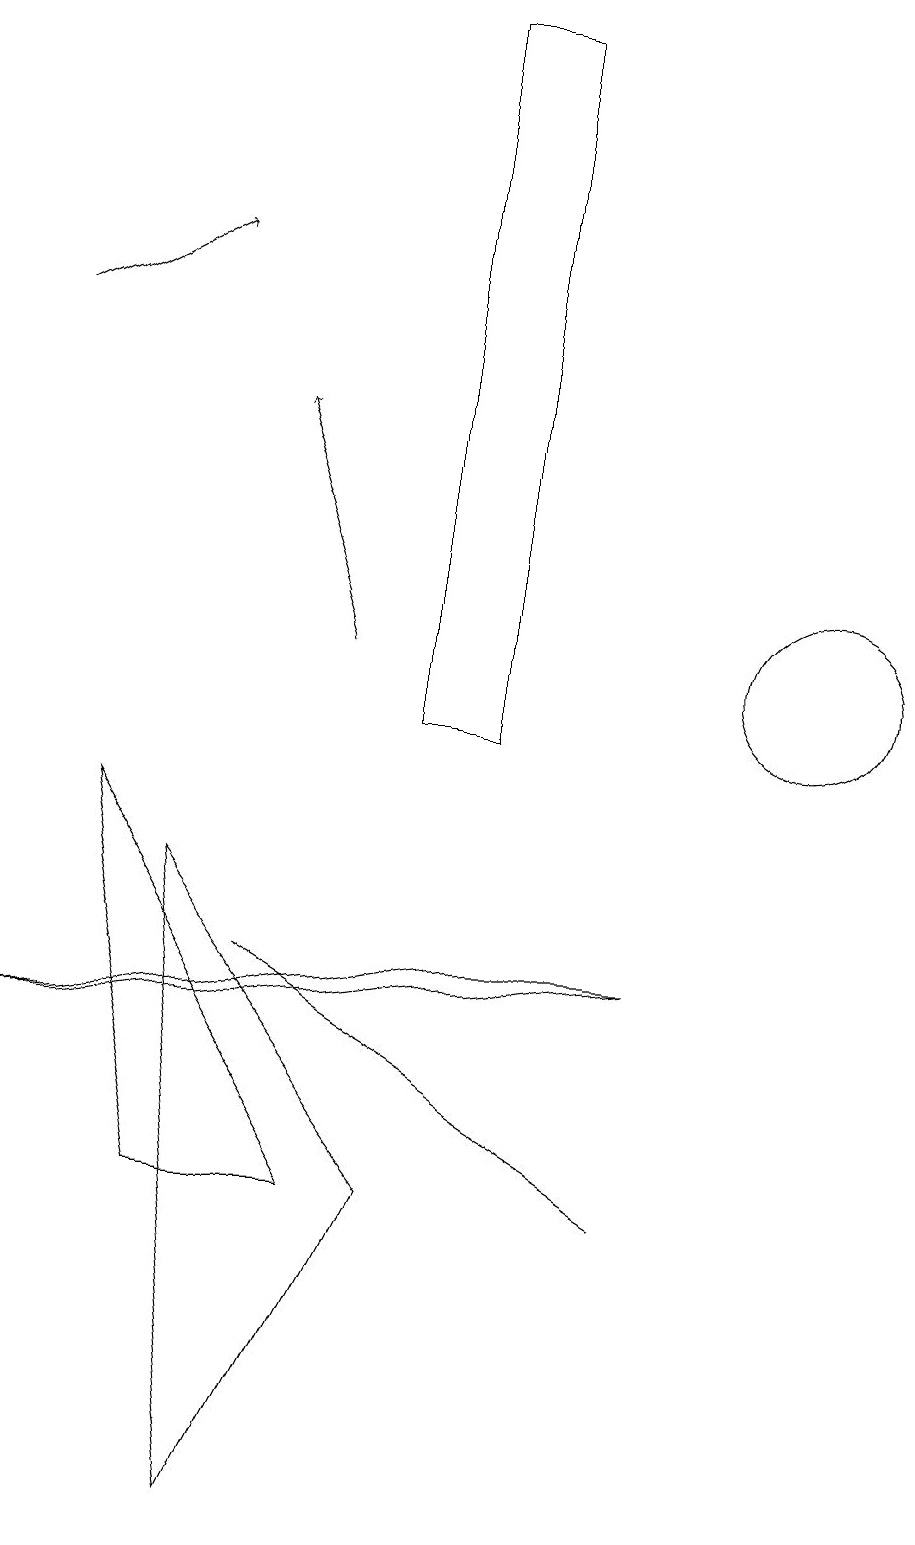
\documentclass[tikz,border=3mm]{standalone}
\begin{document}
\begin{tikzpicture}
\draw[->] (1,15) -- (3,16);
\draw (5,4) -- (3,4) -- (2,9) -- cycle;
\draw[->] (5,11) -- (4,14);
\draw (9,4) -- (9,4) -- (4,7) -- cycle;
\draw (4,0) -- (6,4) -- (3,8) -- cycle;
\draw (7,19) rectangle (6,10);
\draw (9,7) -- (7,7) -- (1,6) -- cycle;
\draw (11,11) circle (1);
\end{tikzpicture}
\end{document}